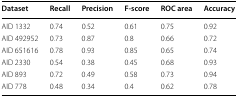
<table><thead><tr><td><b>Dataset</b></td><td><b>Recall</b></td><td><b>Precision</b></td><td><b>F-score</b></td><td><b>ROC area</b></td><td><b>Accuracy</b></td></tr></thead><tbody><tr><td>AID 1332</td><td>0.74</td><td>0.52</td><td>0.61</td><td>0.75</td><td>0.92</td></tr><tr><td>AID 492952</td><td>0.73</td><td>0.87</td><td>0.8</td><td>0.66</td><td>0.72</td></tr><tr><td>AID 651616</td><td>0.78</td><td>0.93</td><td>0.85</td><td>0.65</td><td>0.74</td></tr><tr><td>AID 2330</td><td>0.54</td><td>0.38</td><td>0.45</td><td>0.68</td><td>0.93</td></tr><tr><td>AID 893</td><td>0.72</td><td>0.49</td><td>0.58</td><td>0.73</td><td>0.94</td></tr><tr><td>AID 778</td><td>0.48</td><td>0.34</td><td>0.4</td><td>0.62</td><td>0.78</td></tr></tbody></table>